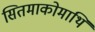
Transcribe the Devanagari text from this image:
सितमाकोमाथि